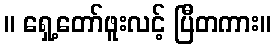
။ ရှေ့တော်ဖူးလင့် ပြီတကား။